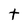
Character: t